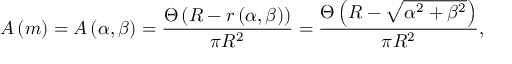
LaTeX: A \left( m \right) = A \left( \alpha , \beta \right) = \frac { \Theta \left( R - r \left( \alpha , \beta \right) \right) } { \pi R ^ { 2 } } = \frac { \Theta \left( R - \sqrt { \alpha ^ { 2 } + \beta ^ { 2 } } \right) } { \pi R ^ { 2 } } ,